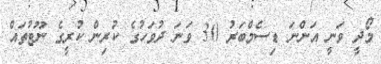
މޯދީ ވަނީ އަންނަ ޑިސެމްބަރު 30 ވަނަ ދުވަހުގެ ކުރިން ކުރީގެ ނޫޓުތައް